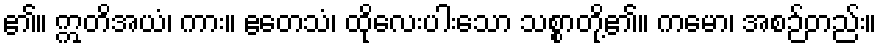
၏။ ဣတိအယံ၊ ကား။ ဧတေသံ၊ ထိုလေးပါးသော သစ္စာတို့၏။ ကမော၊ အစဉ်တည်း။